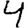
Digit: 4